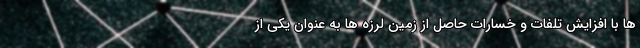
ها با افزایش تلفات و خسارات حاصل از زمین لرزه ها به عنوان یکی از